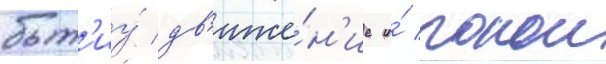
быт'иу́ дв'иже́н'ие и́ покои